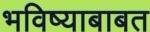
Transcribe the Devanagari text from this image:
भविष्याबाबत